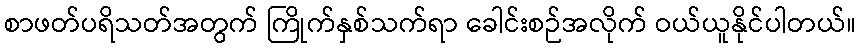
စာဖတ်ပရိသတ်အတွက် ကြိုက်နှစ်သက်ရာ ခေါင်းစဉ်အလိုက် ဝယ်ယူနိုင်ပါတယ်။